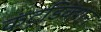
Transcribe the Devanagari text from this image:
कंट्रडिक्शन